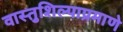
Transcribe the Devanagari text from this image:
वास्तुशिल्पाप्रमाणे